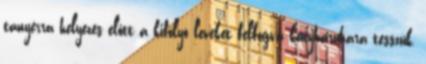
tányérra helyezés előtt a kifolyó leveket felfogva konyharuhára tesszük,